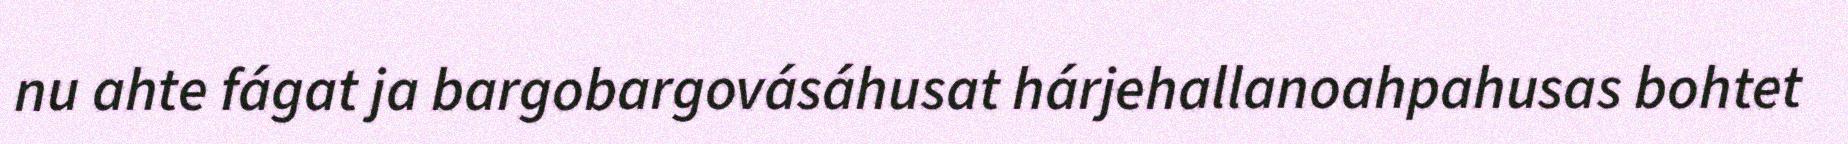
nu ahte fágat ja bargobargovásáhusat hárjehallanoahpahusas bohtet